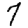
Digit: 7